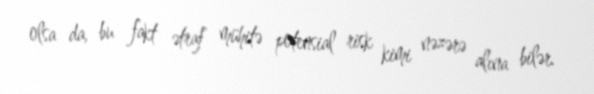
olsa da, bu fakt ətraf mühitə potensial risk kimi nəzərə alına bilər.